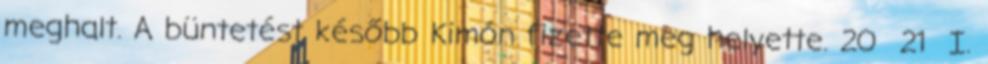
meghalt. A büntetést később Kimón fizette meg helyette. 20 21 I.